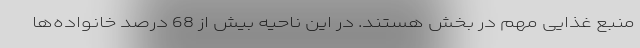
منبع غذایی مهم در بخش هستند. در این ناحیه بیش از 68 درصد خانواده‌ها